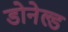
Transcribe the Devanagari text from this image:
डोनेल्ड